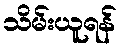
သိမ်းယူရန်